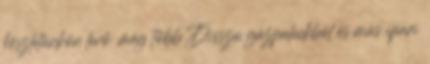
készletünkön levő ,még több Disszu gázpalackból és más ipari